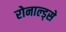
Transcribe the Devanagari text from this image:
रोनाल्ड्से